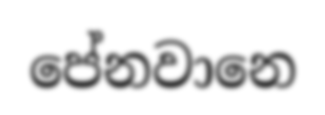
පේනවානෙ